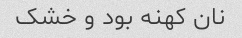
نان کهنه بود و خشک